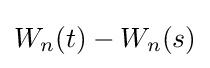
W_{n}(t)-W_{n}(s)